Civil Veterinary Dept. Bombay admin report 1914-1922 - 1914-1922
Year: 1914
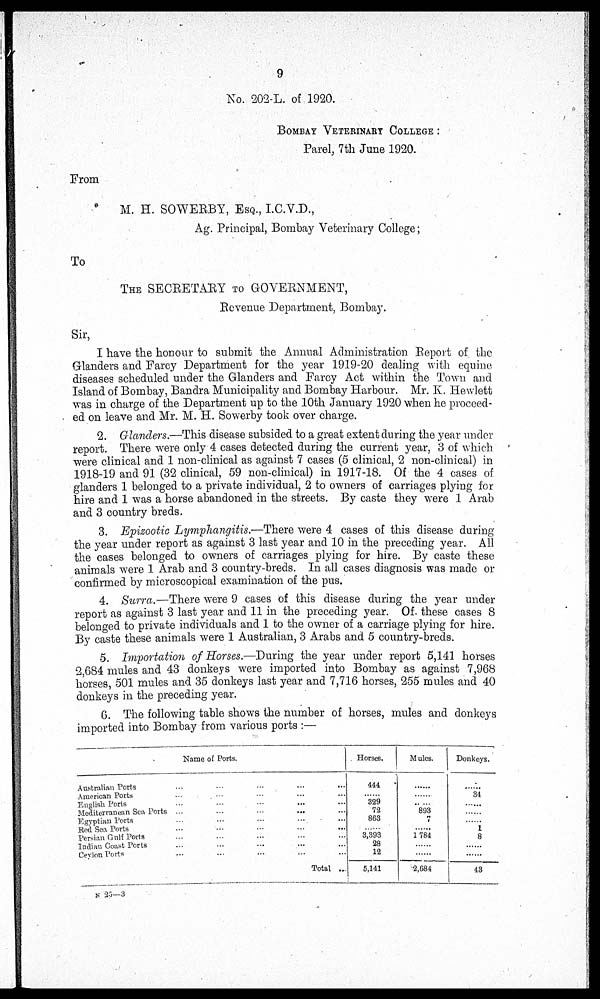
9
No. 202-L. of 1920.
BOMBAY VETERINARY COLLEGE :
Parel, 7th June 1920.
From
M. H. SOWERBY, ESQ., I.C.V.D.,
Ag. Principal, Bombay Veterinary College;
To
THE SECRETARY TO GOVERNMENT,
Revenue Department, Bombay.
Sir,
I have the honour to submit the Annual Administration Report of the
Glanders and Farcy Department for the year 1919-20 dealing with equine
diseases scheduled under the Glanders and Farcy Act within the Town and
Island of Bombay, Bandra Municipality and Bombay Harbour. Mr. K. Hewlett
was in charge of the Department up to the 10th January 1920 when he proceed-
ed on leave and Mr. M. H. Sowerby took over charge.
2. Glanders.—This disease subsided to a great extent during the year under
report. There were only 4 cases detected during the current year, 3 of which
were clinical and 1 non-clinical as against 7 cases (5 clinical, 2 non-clinical) in
1918-19 and 91 (32 clinical, 59 non-clinical) in 1917-18. Of the 4 cases of
glanders 1 belonged to a private individual, 2 to owners of carriages plying for
hire and 1 was a horse abandoned in the streets. By caste they were 1 Arab
and 3 country breds.
3. Epizootic Lymphangitis.—There were 4 cases of this disease during
the year under report as against 3 last year and 10 in the preceding year. All
the cases belonged to owners of carriages plying for hire. By caste these
animals were 1 Arab and 3 country-breds. In all cases diagnosis was made or
confirmed by microscopical examination of the pus.
4. Surra.—There were 9 cases of this disease during the year under
report as against 3 last year and 11 in the preceding year. Of. these cases 8
belonged to private individuals and 1 to the owner of a carriage plying for hire.
By caste these animals were 1 Australian, 3 Arabs and 5 country-breds.
5. Importation of Horses.—During the year under report 5,141 horses
2,684 mules and 43 donkeys were imported into Bombay as against 7,968
horses, 501 mules and 35 donkeys last year and 7,716 horses, 255 mules and 40
donkeys in the preceding year.
6. The following table shows the number of horses, mules and donkeys
imported into Bombay from various ports :—
Name of Ports.
Australian Ports … … … ... ...
American Ports … … … ... ...
English Ports … … … ... ...
Mediterranean Sea Ports ... … … ... ...
Egyptian Ports … … ... ...
Red Sea Ports … … … ... ...
Persian Gulf Ports … … … ... ...
Indian Coast Ports … … … ... ...
Ceylon Ports … … … ... ...
Total ...
Horses.
444
......
329
72
863
....... 3,393
28
12
5,141
Mules.
......
......
......
893
......
...... 1,784
......
......
2,684
Donkeys.
......
34
......
......
......
1
8
......
......
43
N 25—3